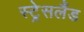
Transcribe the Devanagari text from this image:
स्ट्रेसलैंड